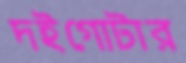
দইগোটার